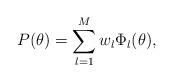
LaTeX: \begin{align*}P(\theta) = \sum_{l=1}^{M} w_{l} \Phi_{l}(\theta),\end{align*}